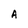
Character: A